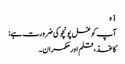
1 ہ
آپ کو غسل پونچو کی ضرورت ہے:
کاغذ ، قلم اور حکمران۔